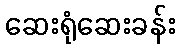
ဆေးရုံဆေးခန်း